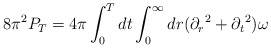
\begin{align*}{8\pi^2} P_T = {4\pi}\int_0^T dt \int_0^\infty dr ({\partial_r}^2 + {\partial_t}^2)\omega\end{align*}